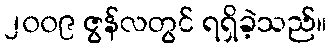
၂၀၀၉ ဇွန်လတွင် ရရှိခဲ့သည်။